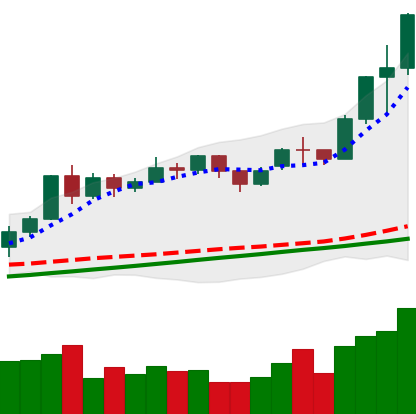
Ticker: ETH-USD
Chart end date: 2020-11-23
Forward return: -11.541%
Label: down_7plus